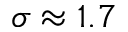
\sigma \approx 1 . 7